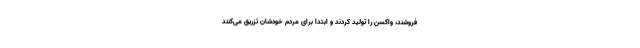
‌فروشند، واکسن را تولید کردند و ابتدا برای مردم خودشان تزریق می‌کنند